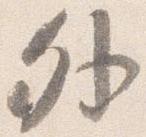
外